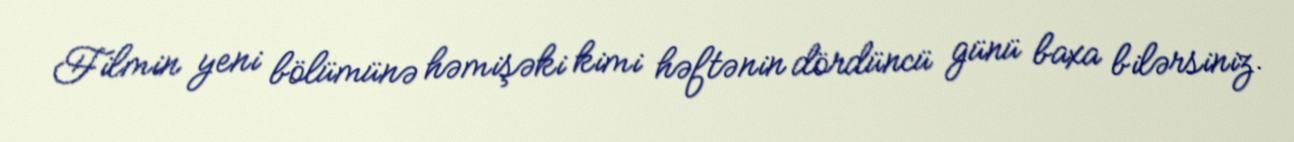
Filmin yeni bölümünə həmişəki kimi həftənin dördüncü günü baxa bilərsiniz.